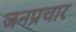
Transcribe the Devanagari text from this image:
जनप्रचार